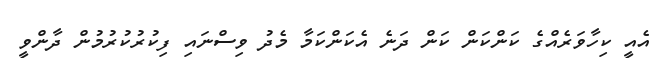
އެއީ ކިހާވަރެއްގެ ކަންކަން ކަން ދަނެ އެކަންކަމާ މެދު ވިސްނައި ފިކުރުކުރުމުން ދާންވީ